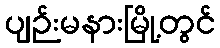
ပျဉ်းမနားမြို့တွင်